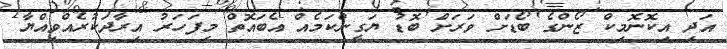
އަދި އިކޮނޮމިކް ޒޯންގެ ބޯޑަށް ވަރަށް ބޮޑު ޔަގީންކަމެއް އެބައޮތް މިފަހަރު އިރާދަކުރެއްވިއްޔާ